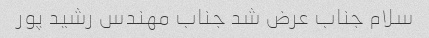
سلام جناب عرض شد جناب مهندس رشید پور